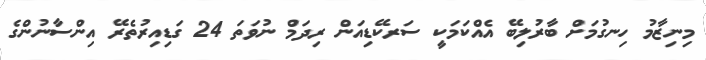
މިނިޒާމު ހިނގުމަށް ބާރުލިބޭ އެއްކަމަކީ ސަރކޭޑިއަން ރިދަމް ނުވަތަ 24 ގަޑިއިރުތެރޭ އިންސާނުންގެ